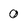
Character: 0